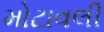
મોટાવલી